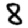
Digit: 8